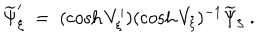
LaTeX: \widetilde \Psi _ { \xi } ^ { \prime } \ = \ ( \cosh V _ { \xi } ^ { \prime } ) ( \cosh V _ { \xi } ) ^ { - 1 } \widetilde \Psi _ { \xi } \ .